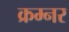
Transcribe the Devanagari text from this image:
क्रम्नर